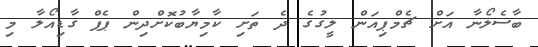
ބާސެލޯނާ އަށް ޗެމްޕިއަން ލީގުގެ ދެ ތަށި ކާމިޔާބުކޮށްދިން ޕެޕް ގާޑިއޯލާ މި